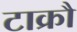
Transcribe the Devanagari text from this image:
टाक्रौ